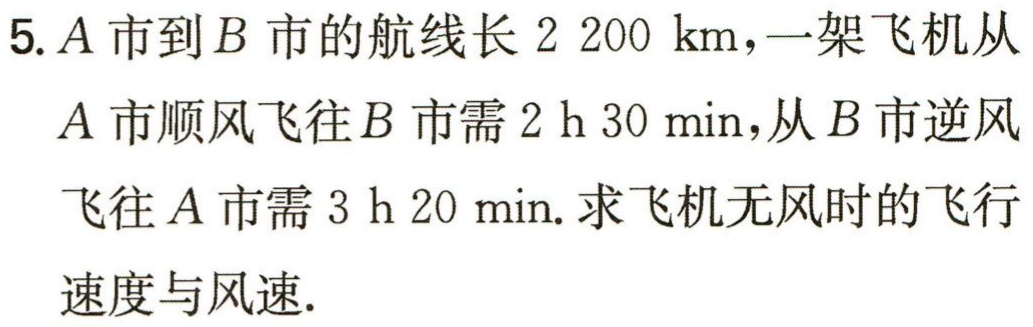
5. \(A\)市到\(B\)市的航线长\(2 200\ km\)，一架飞机从\(A\)市顺风飞往\(B\)市需\(2\ h\ 30\ min\)，从\(B\)市逆风飞往\(A\)市需\(3\ h\ 20\ min\). 求飞机无风时的飞行速度与风速.